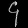
Digit: ၄